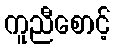
ကူညီစောင့်